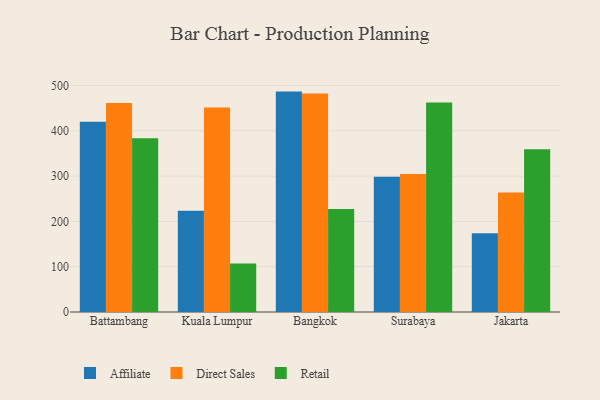
{"axis": {"x": "City", "y": "Demand Index"}, "legend": ["Affiliate", "Direct Sales", "Retail"], "data": [{"x": "Battambang", "y": 420.3, "type": "Affiliate"}, {"x": "Battambang", "y": 461.6, "type": "Direct Sales"}, {"x": "Battambang", "y": 383.7, "type": "Retail"}, {"x": "Kuala Lumpur", "y": 223.8, "type": "Affiliate"}, {"x": "Kuala Lumpur", "y": 451.5, "type": "Direct Sales"}, {"x": "Kuala Lumpur", "y": 107.0, "type": "Retail"}, {"x": "Bangkok", "y": 486.6, "type": "Affiliate"}, {"x": "Bangkok", "y": 482.6, "type": "Direct Sales"}, {"x": "Bangkok", "y": 227.6, "type": "Retail"}, {"x": "Surabaya", "y": 298.8, "type": "Affiliate"}, {"x": "Surabaya", "y": 304.7, "type": "Direct Sales"}, {"x": "Surabaya", "y": 462.7, "type": "Retail"}, {"x": "Jakarta", "y": 173.7, "type": "Affiliate"}, {"x": "Jakarta", "y": 264.0, "type": "Direct Sales"}, {"x": "Jakarta", "y": 359.1, "type": "Retail"}]}